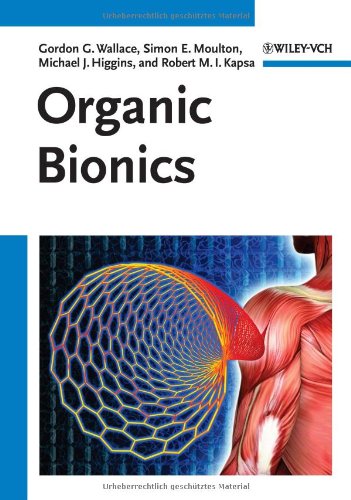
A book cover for Organic Bionics; Gordon G. Wallace; Computers & Technology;